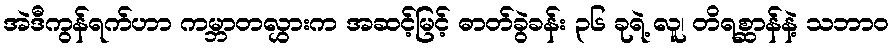
အဲဒီကွန်ရက်ဟာ ကမ္ဘာတလွှားက အဆင့်မြင့် ဓာတ်ခွဲခန်း ၃၆ ခုရဲ့ လူ၊ တိရစ္ဆာန်နဲ့ သဘာဝ